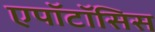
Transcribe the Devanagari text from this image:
एपॉटॉसिस